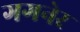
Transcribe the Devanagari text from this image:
गगनेर